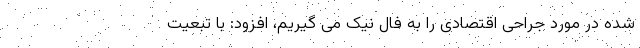
شده در مورد جراحی اقتصادی را به فال نیک می گیریم، افزود: با تبعیت